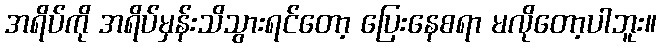
အရိပ်ကို အရိပ်မှန်းသိသွားရင်တော့ ပြေးနေစရာ မလိုတော့ပါဘူး။